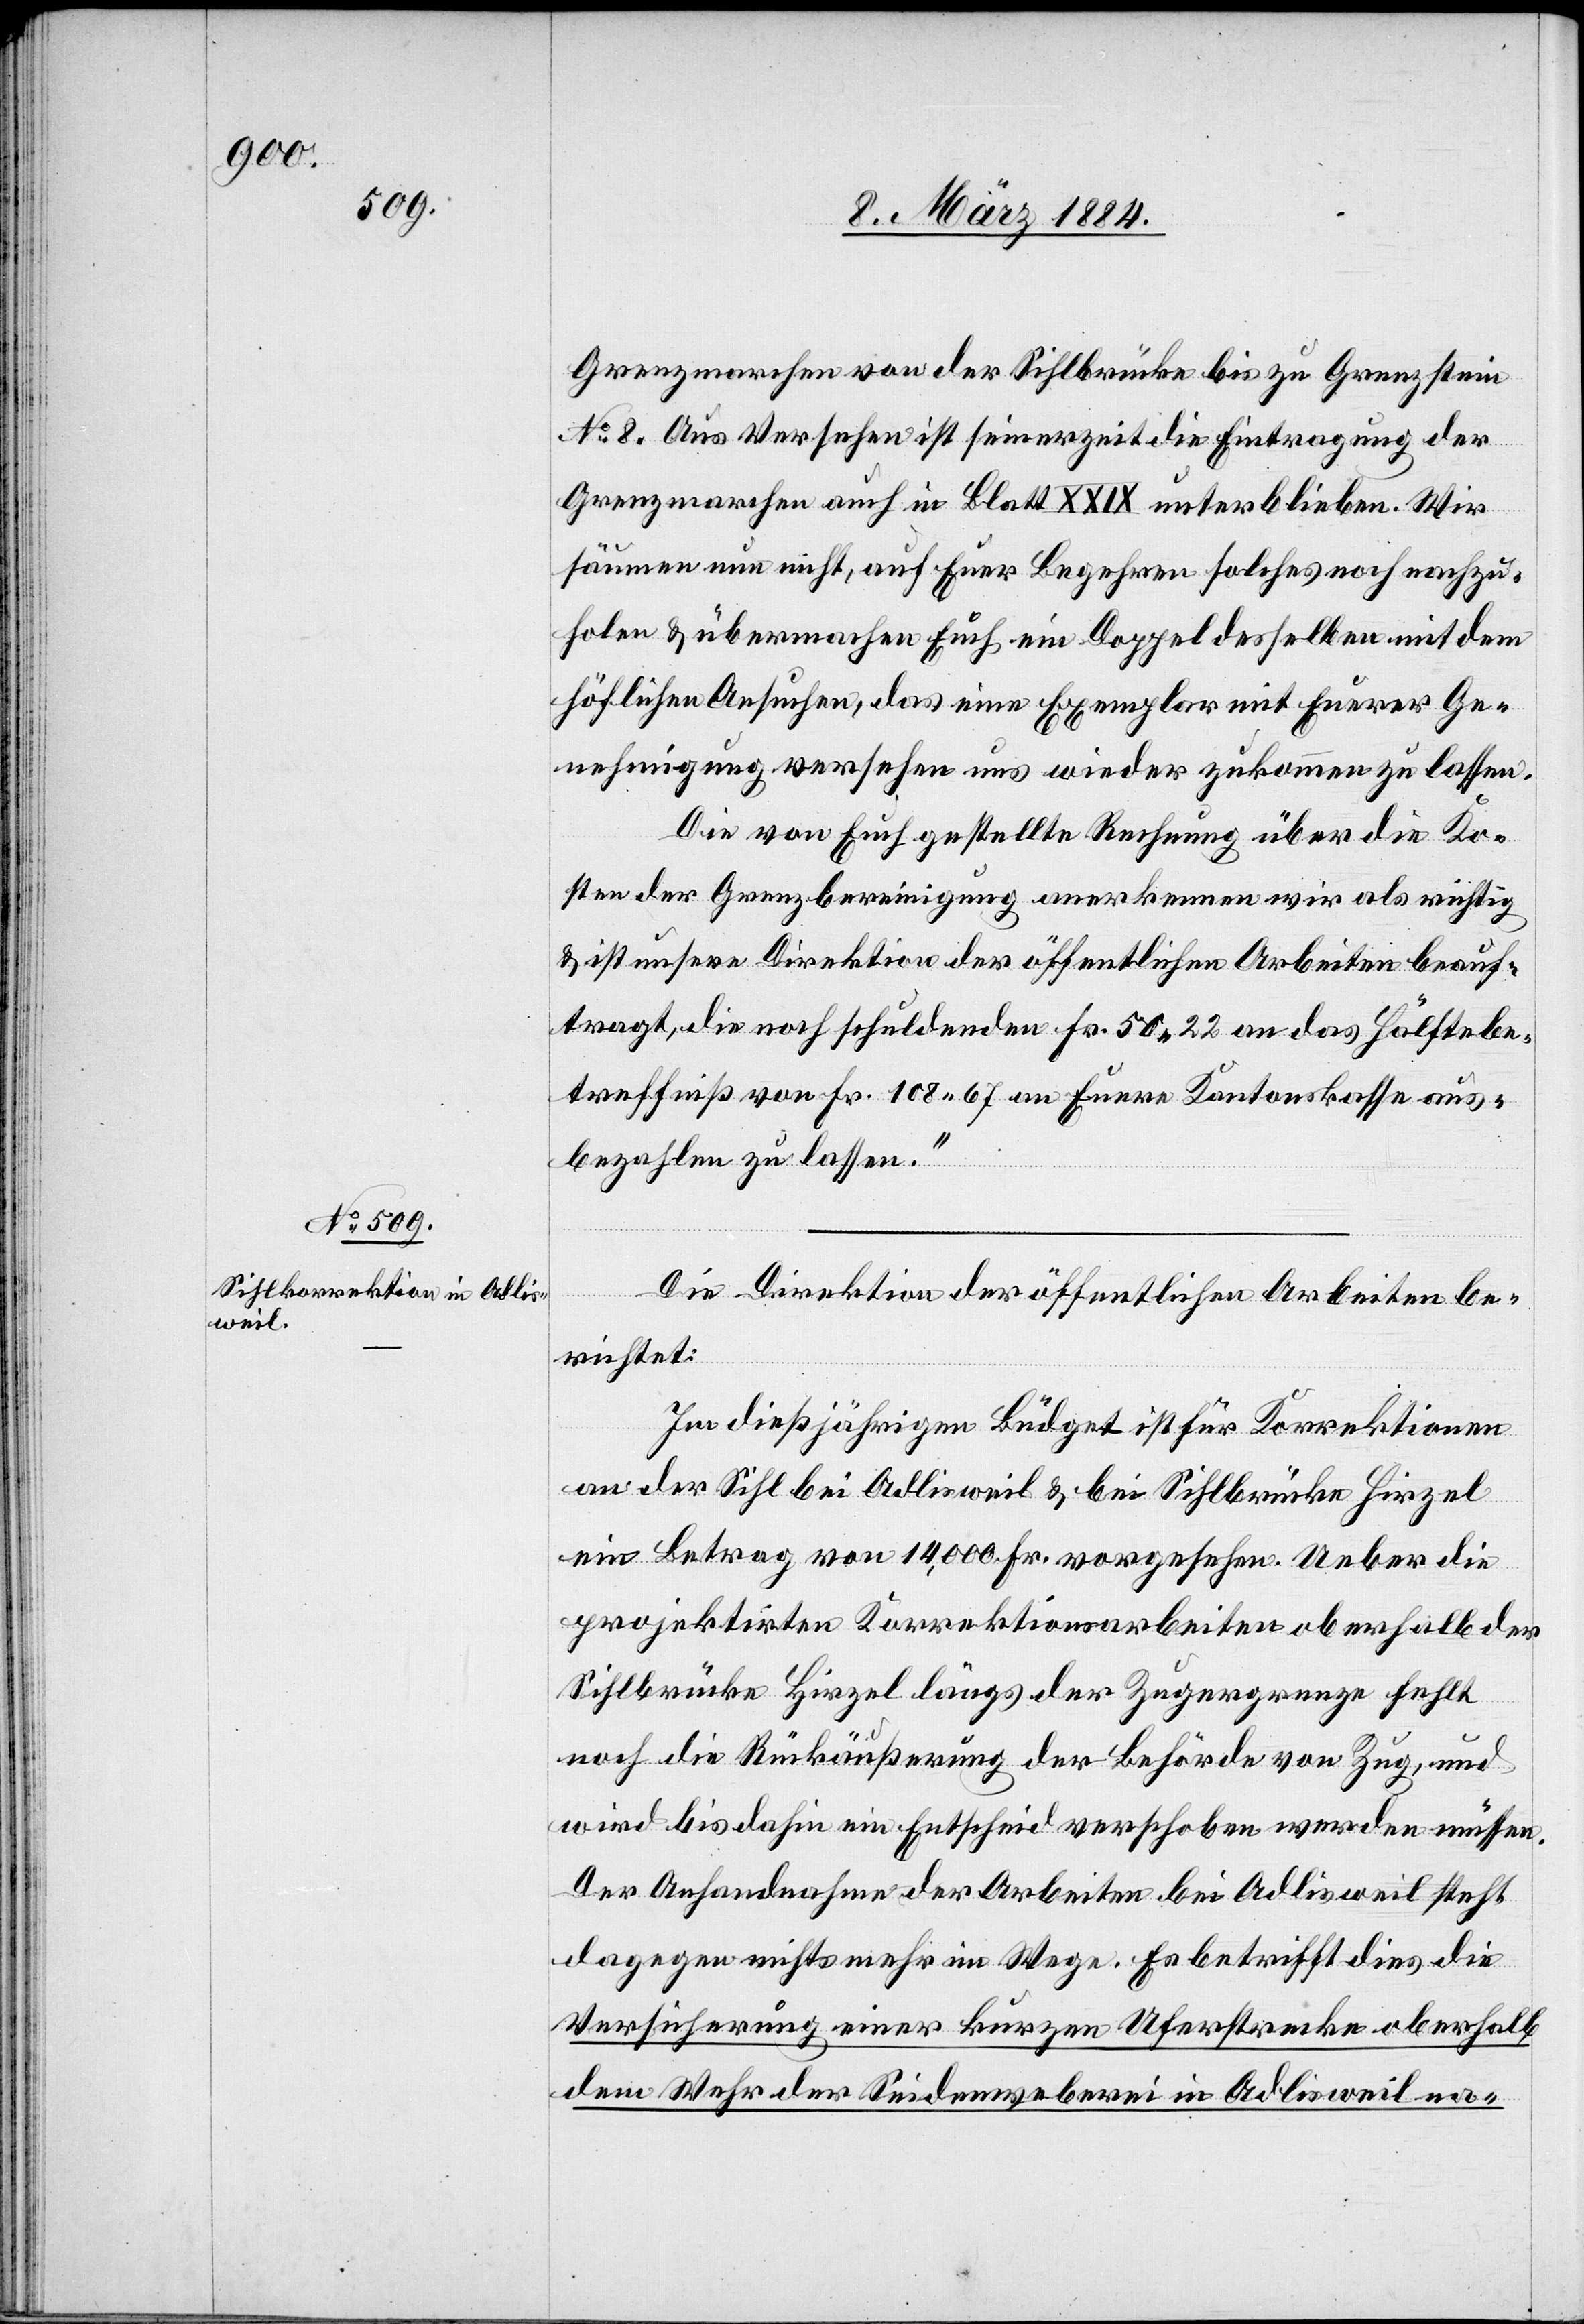
Grenzmarchen von der Sohlbrücke bis zu Grenzstein
No 8. Aus Versehen ist seinerzeit die Eintragung der
Grenzmarchen auch im Blatt XXIX unterblieben. Wir
säumen nun nicht, auf Euer Begehren solches noch nachzu¬
holen & übermachen Euch ein Doppel desselben mit dem
höflichen Ansuchen, das eine Exemplar mit Euerer Ge¬
nehmigung versehen uns wieder zukommen zu lassen.
Die von Euch gestellte Rechnung über die Ko¬
sten der Grenzbereinigung anerkennen wir als richtig
& ist unsere Direktion der öffentlichen Arbeiten beauf¬
tragt, die noch schuldenden Fr. 50 22 an das Hälftebe¬
treffniß von Fr. 108 67 an Euere Kantonskasse aus¬
bezahlen zu lassen.“
Die Direktion der öffentlichen Arbeiten be¬
richtet:
Im dießjährigen Büdget ist für Korrektionen
an der Sihl bei Adlisweil & bei Sihlbrücke [-] Hirzel
ein Betrag von 14,000 Fr. vorgesehen. Ueber die
projektirten Korrektionsarbeiten oberhalb der
Sihlbrücke [-] Hirzel längs der Zugergrenze fehlt
noch die Rückäußerung der Behörden von Zug, und
wird bis dahin ein Entscheid verschoben werden müssen.
Der Anhandnahme der Arbeiten bei Adlisweil steht
dagegen nichts mehr im Wege. Es betrifft dies die
Versicherung einer kurzen Uferstrecke oberhalb
dem Wehr der Seidenweberei in Adlisweil na-